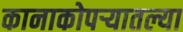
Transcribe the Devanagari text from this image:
कानाकोपर्‍यातल्या